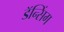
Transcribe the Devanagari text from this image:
डॅन्सिंग